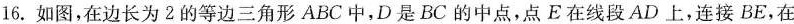
16.如图，在边长为2的等边三角形ABC中，D是BC的中点，点E在线段AD上，连接BE，在